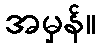
အမှန်။